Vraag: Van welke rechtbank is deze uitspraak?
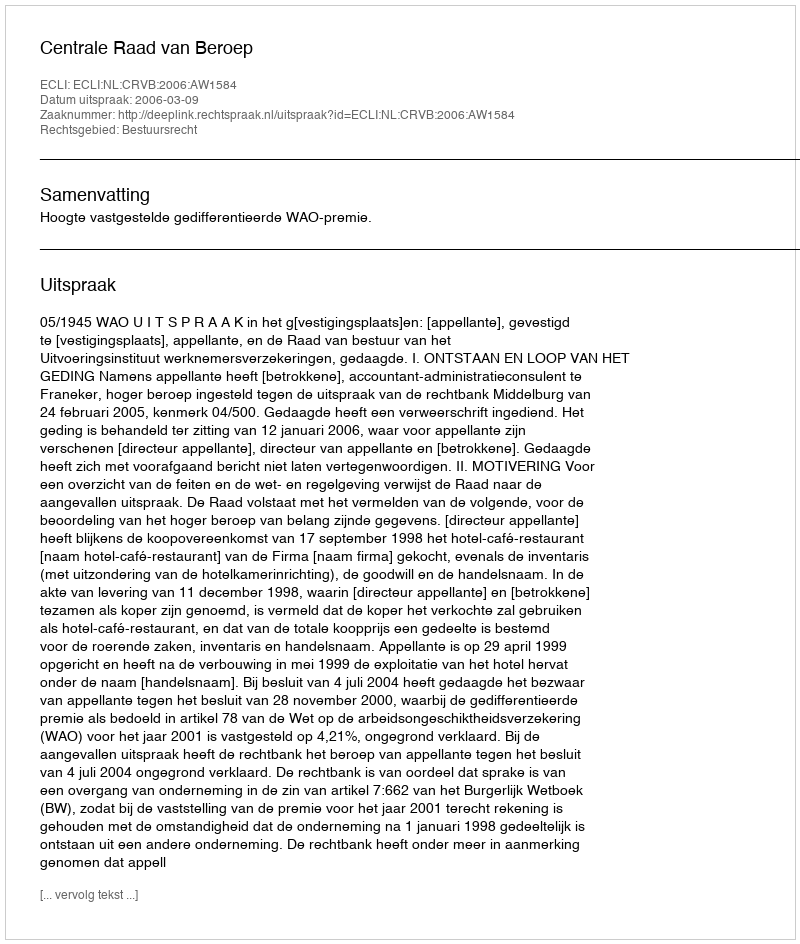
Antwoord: Centrale Raad van Beroep